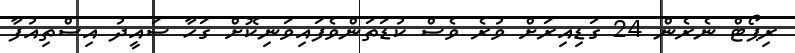
ރިޕޯޓް ނެރެން 24 ގަޑިއިރަށް ވުރެ ވެސް ކުޑަތަންވެފައިވަނިކޮށް ގަހާ ސައީދު އިސްތިއުފާ